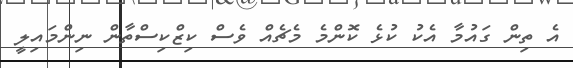
އެ ތިން ގައުމާ އެކު ކުޅެ ކޮންމެ މެޗެއް ވެސް ކިޒްކިސްތާން ނިންމައިލީ